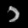
Digit: ၁